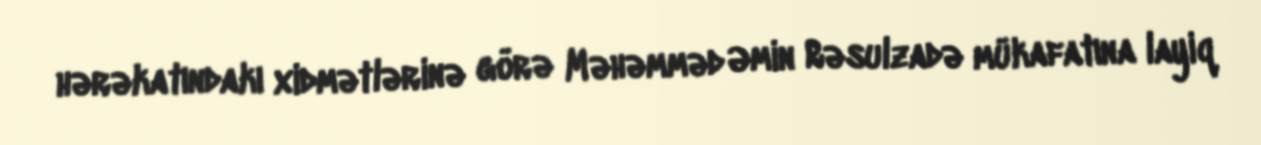
hərəkatındakı xidmətlərinə görə Məhəmməd Əmin Rəsulzadə mükafatına layiq